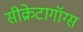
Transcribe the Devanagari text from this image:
सीक्रेटागॉग्स